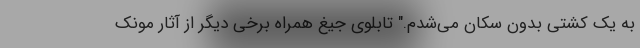
به یک کشتی بدون سکان می‌شدم." تابلوی جیغ همراه برخی دیگر از آثار مونک